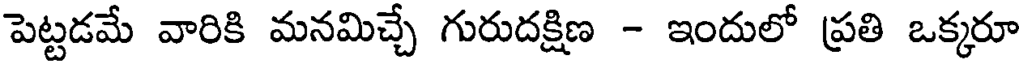
పెట్టడమే వారికి మనమిచ్చే గురుదక్షిణ - ఇందులో ప్రతి ఒక్కరూ